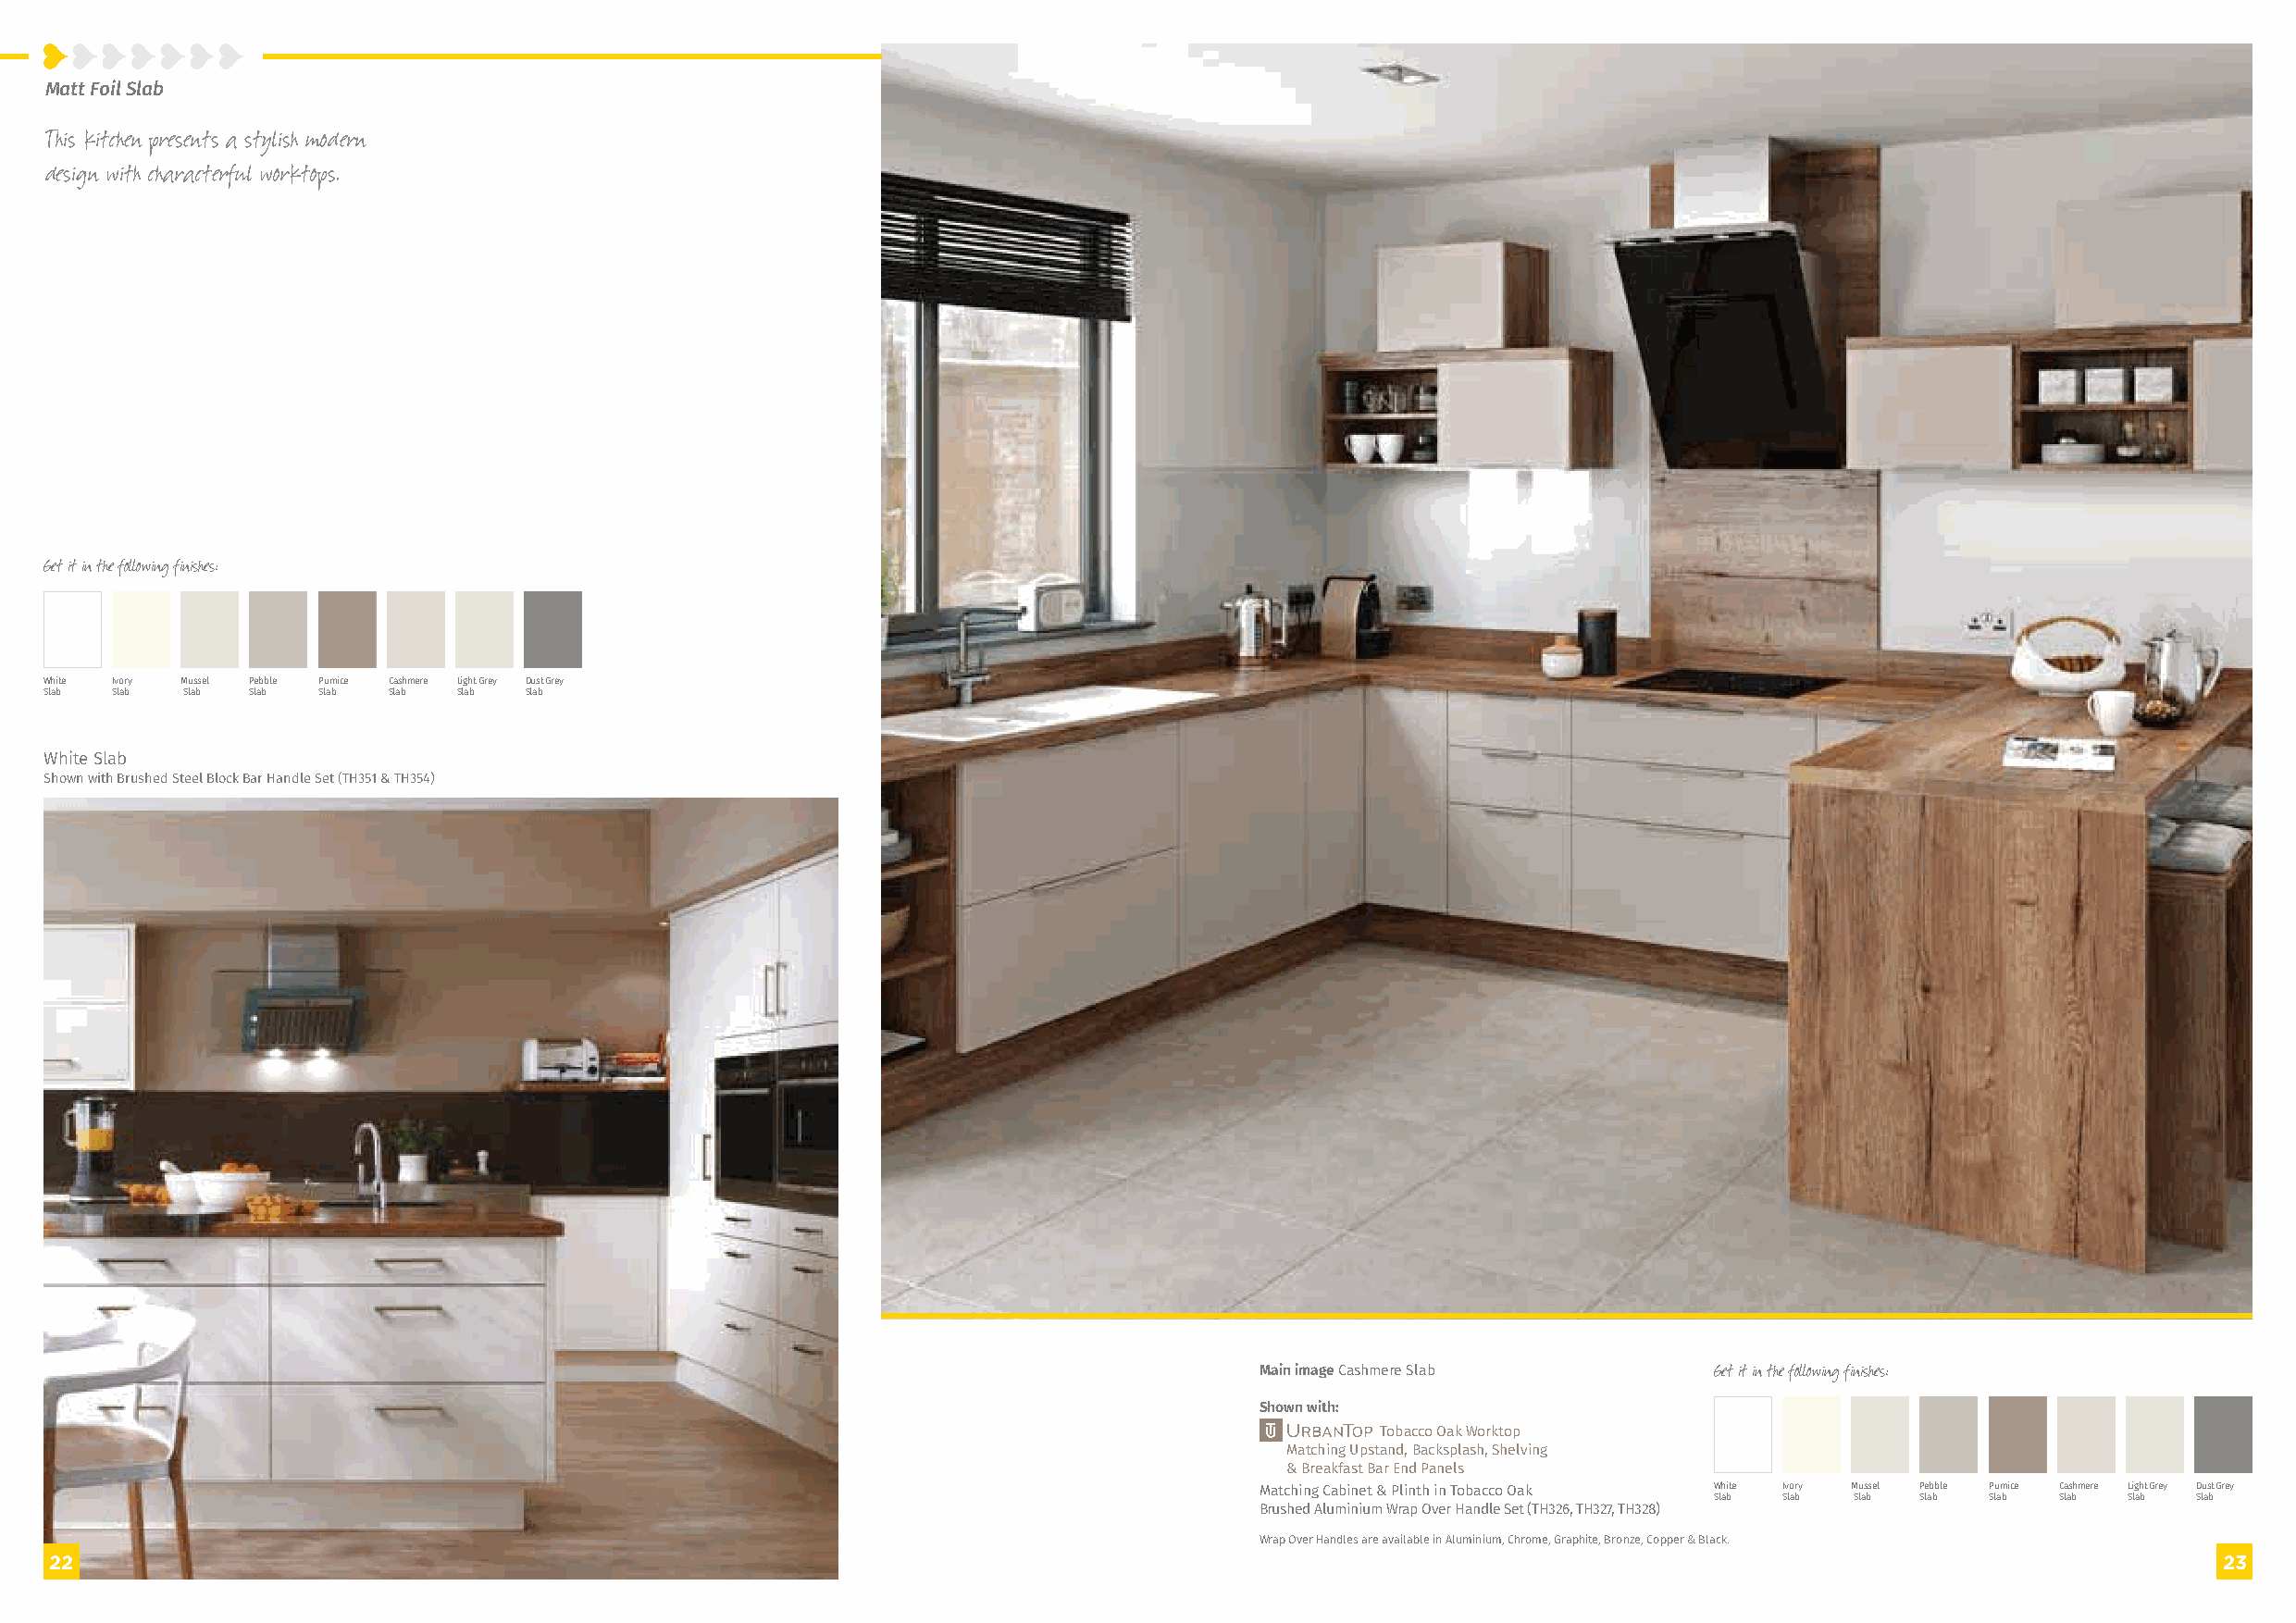
Matt Foil Slab
 This kitchen presents a stylish modern
 design with characterful worktops.
 Get it in the following finishes:
 White Ivory Mussel Pebble Pumice Cashmere Light Grey Dust Grey
 Slab Slab Slab Slab Slab Slab Slab Slab
 White Slab
 Shown with Brushed Steel Block Bar Handle Set (TH351 & TH354)
 Main image Cashmere Slab         Get it in the following finishes:
 Shown with:
 Tobacco Oak Worktop
 Matching Upstand, Backsplash, Shelving
 & Breakfast Bar End Panels
 Matching Cabinet & Plinth in Tobacco Oak White Ivory Mussel Pebble Pumice Cashmere Light Grey Dust Grey
 Slab Slab Slab Slab Slab Slab Slab Slab
 Brushed Aluminium Wrap Over Handle Set (TH326, TH327, TH328)
 Wrap Over Handles are available in Aluminium, Chrome, Graphite, Bronze, Copper & Black.
 2222                                                                                                                                                       2233